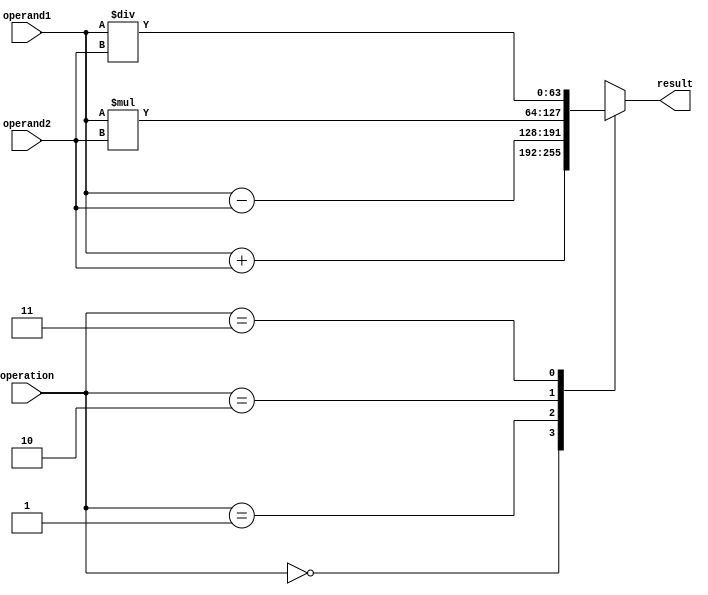
module ExtendedPrecisionFloatingPointUnit (
    input wire [63:0] operand1,
    input wire [63:0] operand2,
    input wire [1:0] operation,
    output reg [63:0] result
);

// Arithmetic blocks
always @(*)
begin
    case(operation)
        2'b00: result = operand1 + operand2; // Adder
        2'b01: result = operand1 - operand2; // Subtractor
        2'b10: result = operand1 * operand2; // Multiplier
        2'b11: result = operand1 / operand2; // Divider
    endcase
end

// Error checking mechanisms

// Rounding techniques

// Support for different rounding modes

endmodule